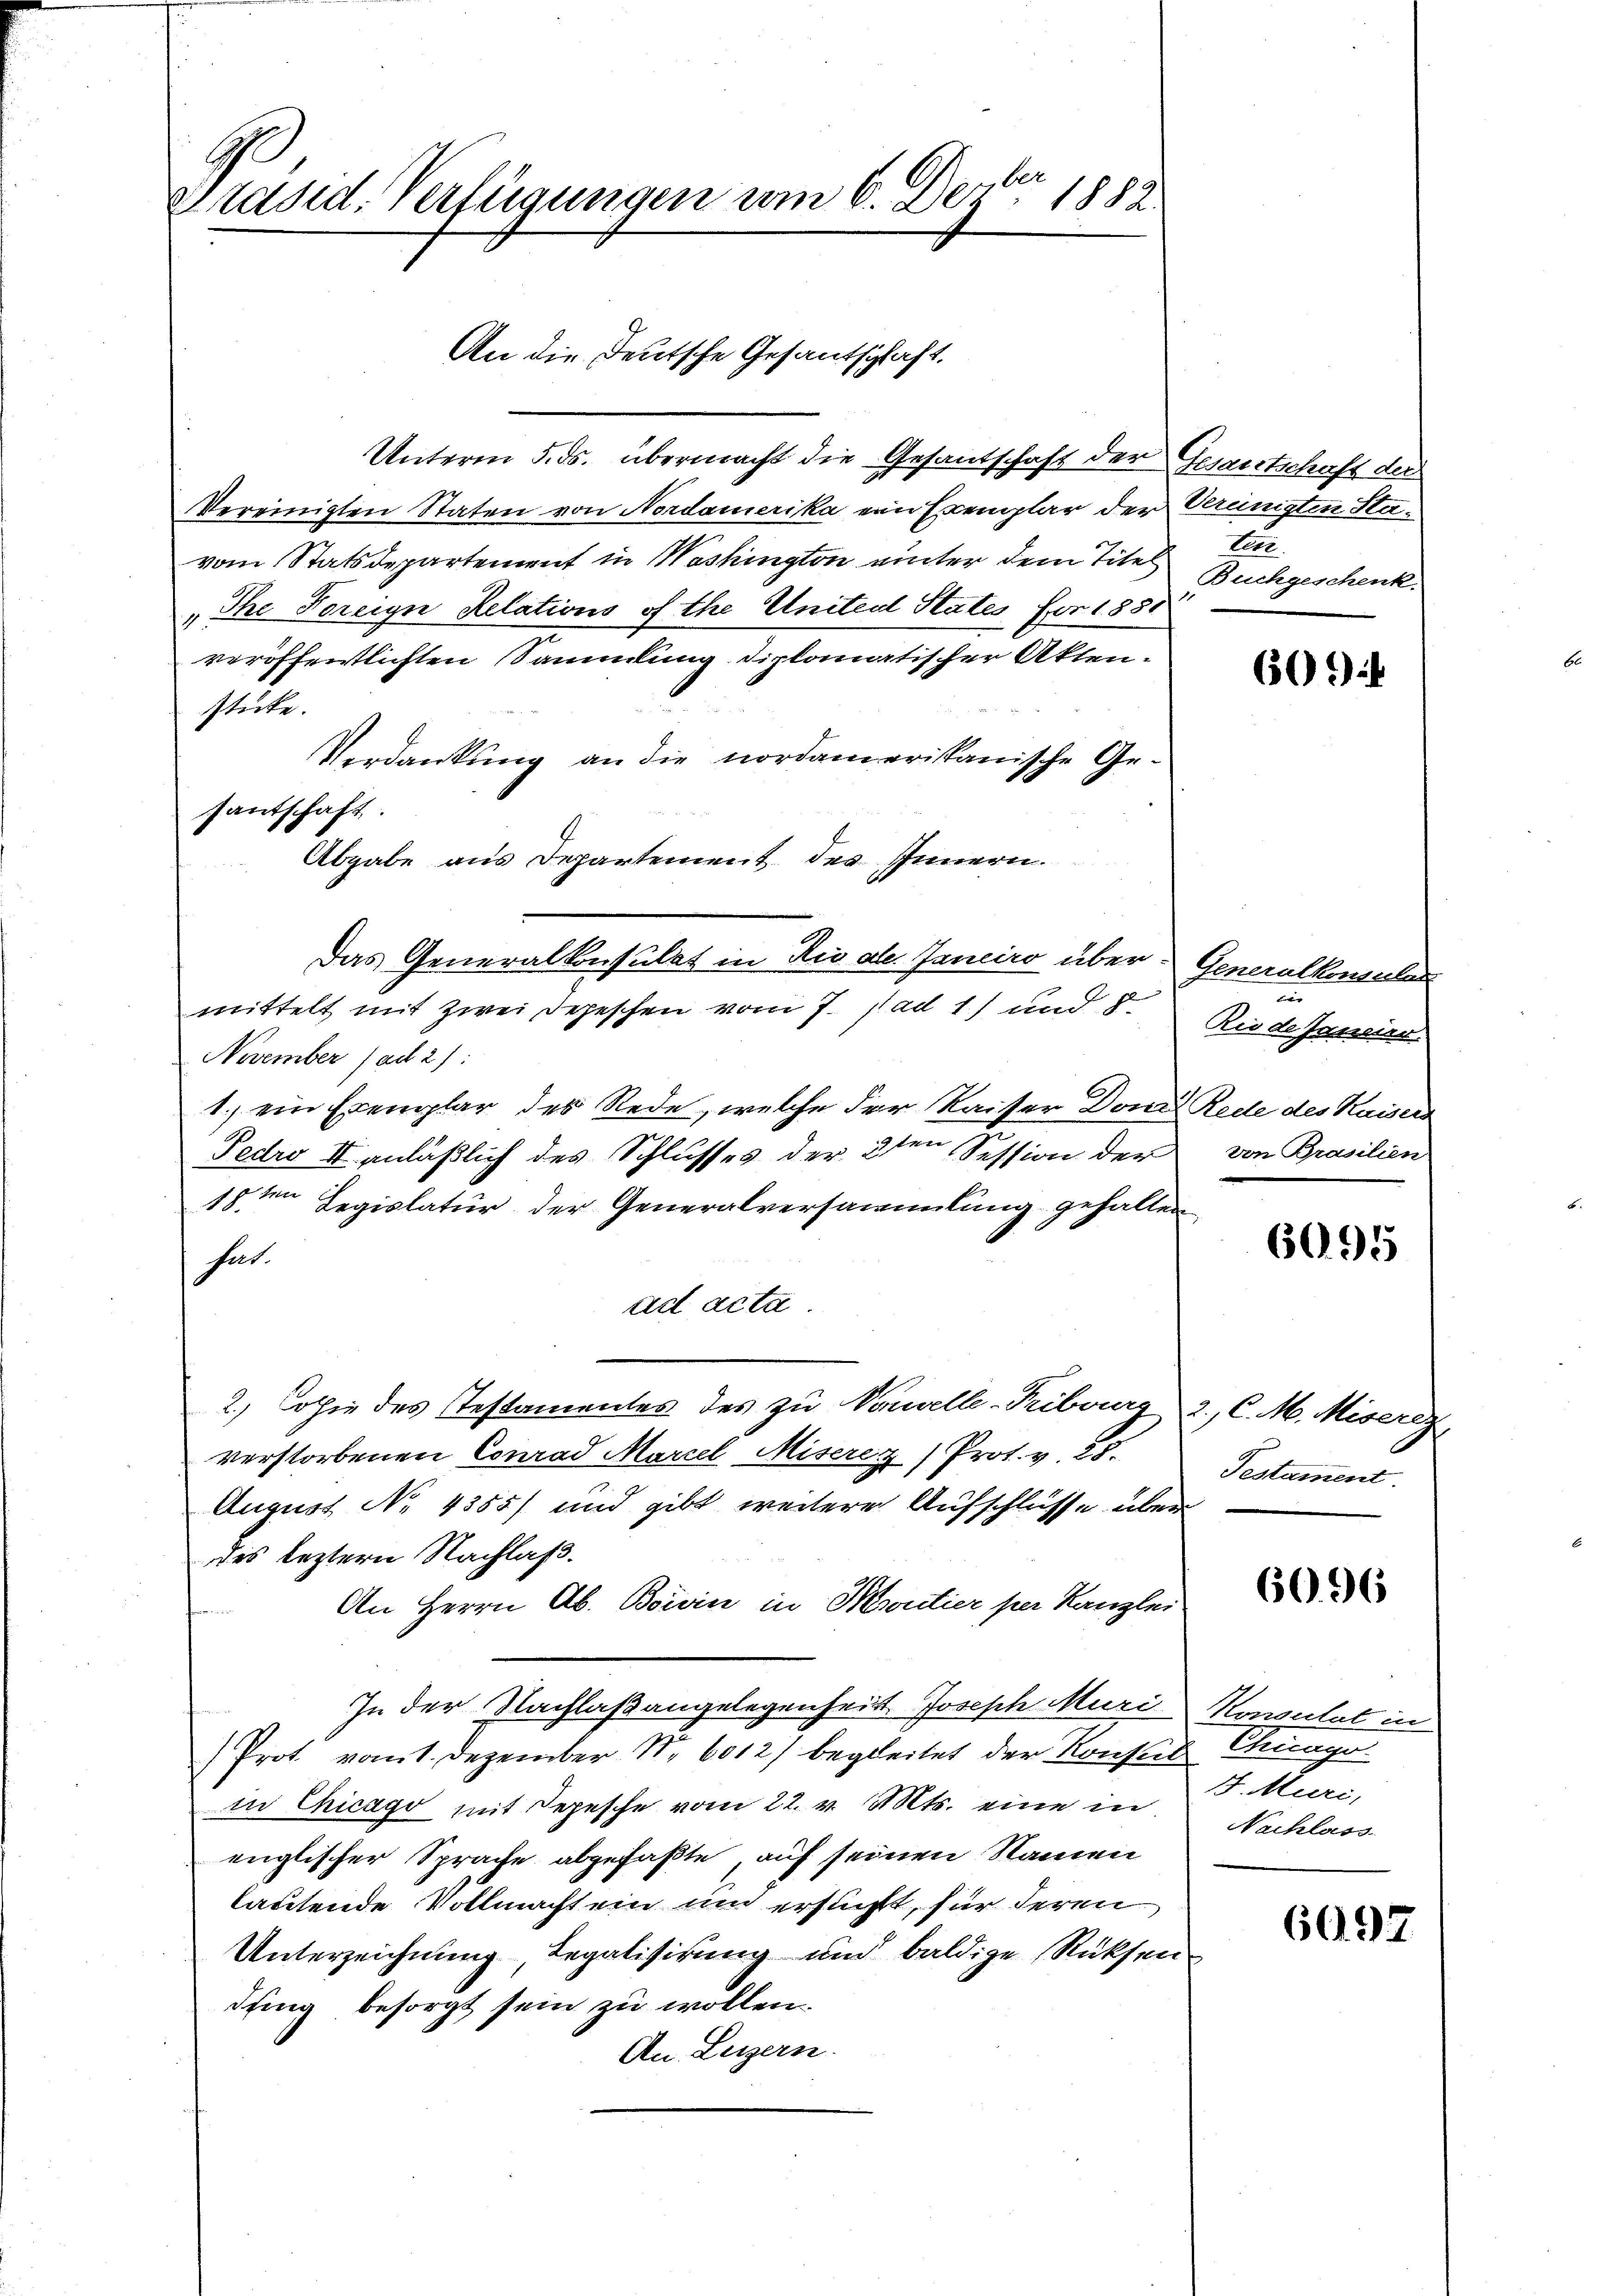
Präsid. Verfügungen vom 6. Dez. 1882.
An die Deutsche Gesantschaft.

santschaft.

Unterm 5. ds. übermacht die Gesantschaft der Gesandtschaft der
Vereinigten Staten von Nordamerika ein Exemplar der Vereinigten Havom Statsdepartement in Washington einter dem Titel terr
The Foreige Relations Athe Uniteal States for 1851
veröffentlichten Sammlung diplomatischer Aktenstücke.
Verdankung an die nordamerikanische Ge¬
Abgabe aus Departement des Innern.
Das Generalkonsulat in Rio ale. Janeiro über: Generalkonsulas
mittelt mit zwei Depeschen vom 7. ad 1) und d
November (ad 2):
1.) ein Exemplar des Rede, welche der Kaiser Domi Rede des Kaisers
Fedro II anläßlich des Schlusses der 2ten Session der
18ten Legislatur der Generalversammlung gehalten
hat.
act acta
2.) Copie des Testamentes des zu Nouvelle-Tribourg
verstorbenen Conrad Marcel Miserer Prot. v. 25.
August No 4355/ und gibt weitere Aufschlüsse über
des leztern Nachlaß.
An Herrn Ab. Boivin in Moutier per Kanzlei
In der Nachlaßangelegenheit Joseph Muri-Konsulat in
Prot vom 1. Dezember 1. 6012) begleitet der Konseit Chicago
in Chicago mit Depesche vom 22. v. Mts. eine in Nachlass
englischer Sprache abgefaßte, auf seinen Namen
lautende Vollmacht ein um ersucht, für deren
Unterzeichnung, Regalisirung und baldige Rücksen
duung besorgt sein zu wollen.
An Luzern.

Buchgeschenk

609)

f
Rie de Janein.
von Brasilien

6095

2. C. M. Miseriz
Testament

6096

F. Muri,

6097